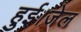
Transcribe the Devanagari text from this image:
हुई।जेल